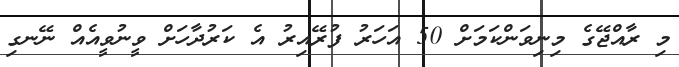
މި ރާއްޖޭގެ މިނިވަންކަމަށް 50 އަހަރު ފުރޭއިރު އެ ކަރުދާހަށް ވީނުވީއެއް ނޭނގި